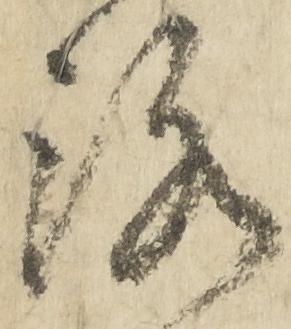
洛